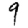
Digit: 9